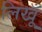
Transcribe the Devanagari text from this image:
लिखूँ